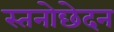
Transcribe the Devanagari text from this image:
स्तनोछेदन